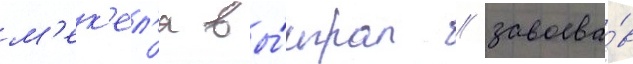
м'ек'ел'я вы́играл / завоева́в